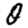
Digit: 0